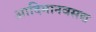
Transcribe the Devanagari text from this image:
आदिमानवसद्य